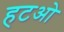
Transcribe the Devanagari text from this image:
हटओ